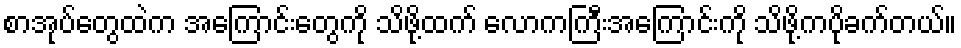
စာအုပ်တွေထဲက အကြောင်းတွေကို သိဖို့ထက် လောကကြီးအကြောင်းကို သိဖို့ကပိုခက်တယ်။